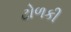
ટોળકી